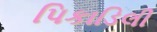
પિકાડિલી